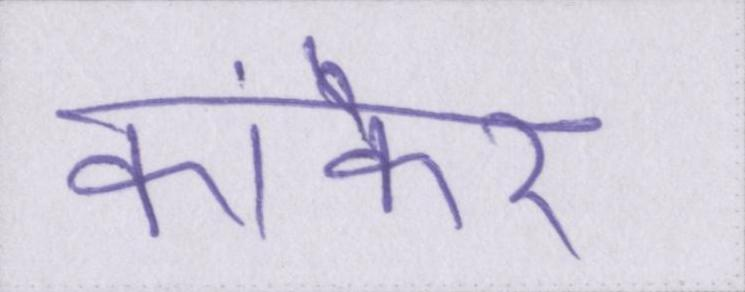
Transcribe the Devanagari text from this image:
कांकेर